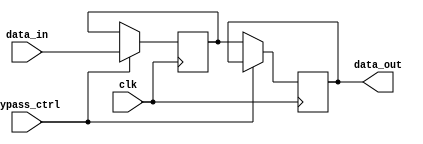
module SimpleBypassRegister (
    input wire clk,
    input wire bypass_ctrl,
    input wire data_in,
    output reg data_out
);

reg temp_data;

always @ (posedge clk) begin
    if (bypass_ctrl) begin
        temp_data <= data_in;
    end
end

always @ (posedge clk) begin
    if (!bypass_ctrl) begin
        data_out <= temp_data;
    end
end

endmodule